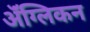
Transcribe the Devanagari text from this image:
ॲंग्लिकन